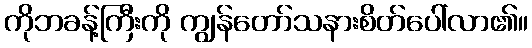
ကိုဘခန့်ကြီးကို ကျွန်တော်သနားစိတ်ပေါ်လာ၏။